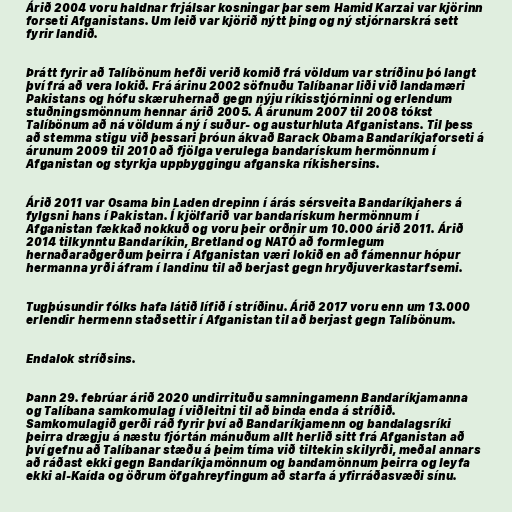
Árið 2004 voru haldnar frjálsar kosningar þar sem Hamid Karzai var kjörinn
forseti Afganistans. Um leið var kjörið nýtt þing og ný stjórnarskrá sett
fyrir landið.

Þrátt fyrir að Talíbönum hefði verið komið frá völdum var stríðinu þó langt
því frá að vera lokið. Frá árinu 2002 söfnuðu Talíbanar liði við landamæri
Pakistans og hófu skæruhernað gegn nýju ríkisstjórninni og erlendum
stuðningsmönnum hennar árið 2005. Á árunum 2007 til 2008 tókst
Talíbönum að ná völdum á ný í suður- og austurhluta Afganistans. Til þess
að stemma stigu við þessari þróun ákvað Barack Obama Bandaríkjaforseti á
árunum 2009 til 2010 að fjölga verulega bandarískum hermönnum í
Afganistan og styrkja uppbyggingu afganska ríkishersins.

Árið 2011 var Osama bin Laden drepinn í árás sérsveita Bandaríkjahers á
fylgsni hans í Pakistan. Í kjölfarið var bandarískum hermönnum í
Afganistan fækkað nokkuð og voru þeir orðnir um 10.000 árið 2011. Árið
2014 tilkynntu Bandaríkin, Bretland og NATÓ að formlegum
hernaðaraðgerðum þeirra í Afganistan væri lokið en að fámennur hópur
hermanna yrði áfram í landinu til að berjast gegn hryðjuverkastarfsemi.

Tugþúsundir fólks hafa látið lífið í stríðinu. Árið 2017 voru enn um 13.000
erlendir hermenn staðsettir í Afganistan til að berjast gegn Talíbönum.

Endalok stríðsins.

Þann 29. febrúar árið 2020 undirrituðu samningamenn Bandaríkjamanna
og Talíbana samkomulag í viðleitni til að binda enda á stríðið.
Samkomulagið gerði ráð fyrir því að Bandaríkjamenn og bandalagsríki
þeirra drægju á næstu fjórtán mánuðum allt herlið sitt frá Afganistan að
því gefnu að Talíbanar stæðu á þeim tíma við tiltekin skilyrði, meðal annars
að ráðast ekki gegn Bandaríkjamönnum og bandamönnum þeirra og leyfa
ekki al-Kaída og öðrum öfgahreyfingum að starfa á yfirráðasvæði sínu.